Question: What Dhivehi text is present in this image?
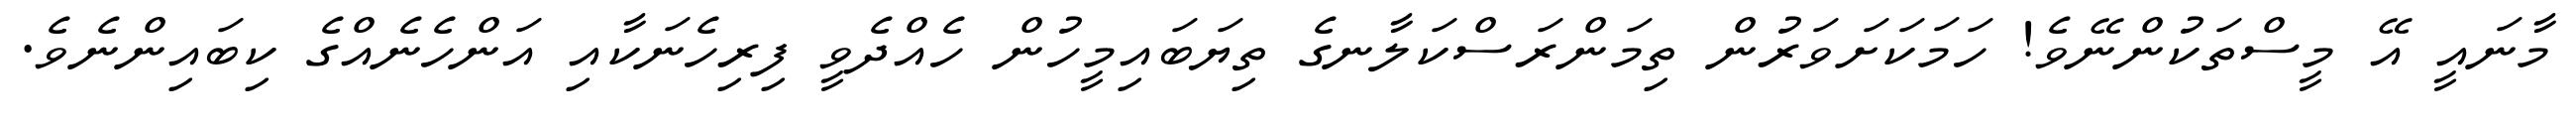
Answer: މާނައީ އޭ މީސްތަކުންނޭވެ! ހަމަކަށަވަރުން ތިމަންރަސްކަލާނގެ ތިޔަބައިމީހުން ހެއްދެވީ ފިރިހެނަކާއި އަންހެނެއްގެ ކިބައިންނެވެ.